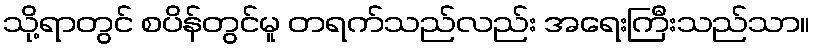
သို့ရာတွင် စပိန်တွင်မူ တရက်သည်လည်း အရေးကြီးသည်သာ။